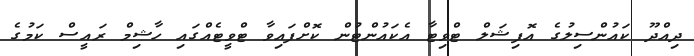
ދިއްދޫ ކައުންސިލުގެ އޮފިޝަލް ޓްވިޓާ އެކައުންޓުން ކޮށްފައިވާ ޓްވީޓެއްގައި ހާޝިމް ރައީސް ކަމުގެ